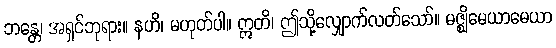
ဘန္တေ၊ အရှင်ဘုရား။ နဟိ၊ မဟုတ်ပါ။ ဣတိ၊ ဤသို့လျှောက်လတ်သော်။ မဇ္ဈိမေယာမေယာ